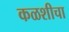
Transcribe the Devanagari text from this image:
कळशीचा